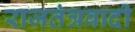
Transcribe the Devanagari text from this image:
राजतंत्रवादी